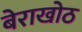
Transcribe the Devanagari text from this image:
बेराखोठ